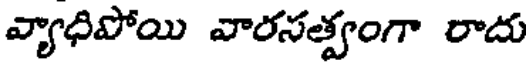
వ్యాధిపోయి వారసత్వంగా రాదు